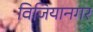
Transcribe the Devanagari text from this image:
विजियानगर